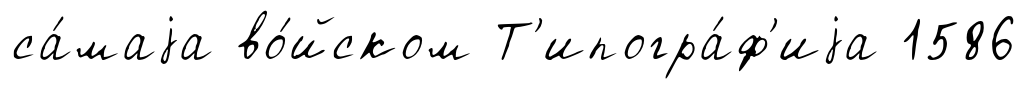
са́маjа во́йском Т'ипогра́ф'иjа 1586